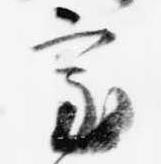
室